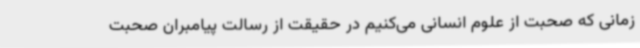
زمانی که صحبت از علوم انسانی می‌کنیم در حقیقت از رسالت پیامبران صحبت